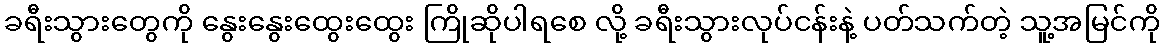
ခရီးသွားတွေကို နွေးနွေးထွေးထွေး ကြိုဆိုပါရစေ လို့ ခရီးသွားလုပ်ငန်းနဲ့ ပတ်သက်တဲ့ သူ့အမြင်ကို